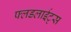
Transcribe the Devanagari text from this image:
फ्लडलाईट्स